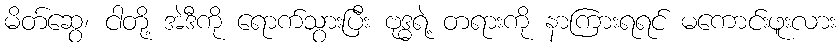
မိတ်ဆွေ၊ ငါတို့ အဲဒီကို ရောက်သွားပြီး ဗုဒ္ဓရဲ့ တရားကို နာကြားရရင် မကောင်းဖူးလား